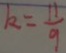
k = \frac { 1 1 } { 9 }